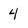
Character: 4